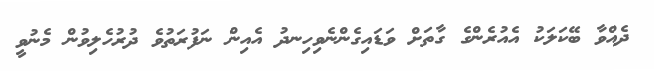
ދެއްވާ ބޭކަލަކު އެއުރެންގެ ގާތަށް ވަޑައިގެންނެވިހިނދު އެއިން ނަފުރަތުވެ ދުރުހެލިވުން މެނުވީ